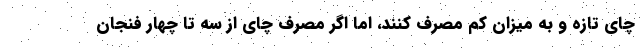
چای تازه و به میزان کم مصرف کنند، اما اگر مصرف چای از سه تا چهار فنجان